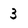
Character: 3